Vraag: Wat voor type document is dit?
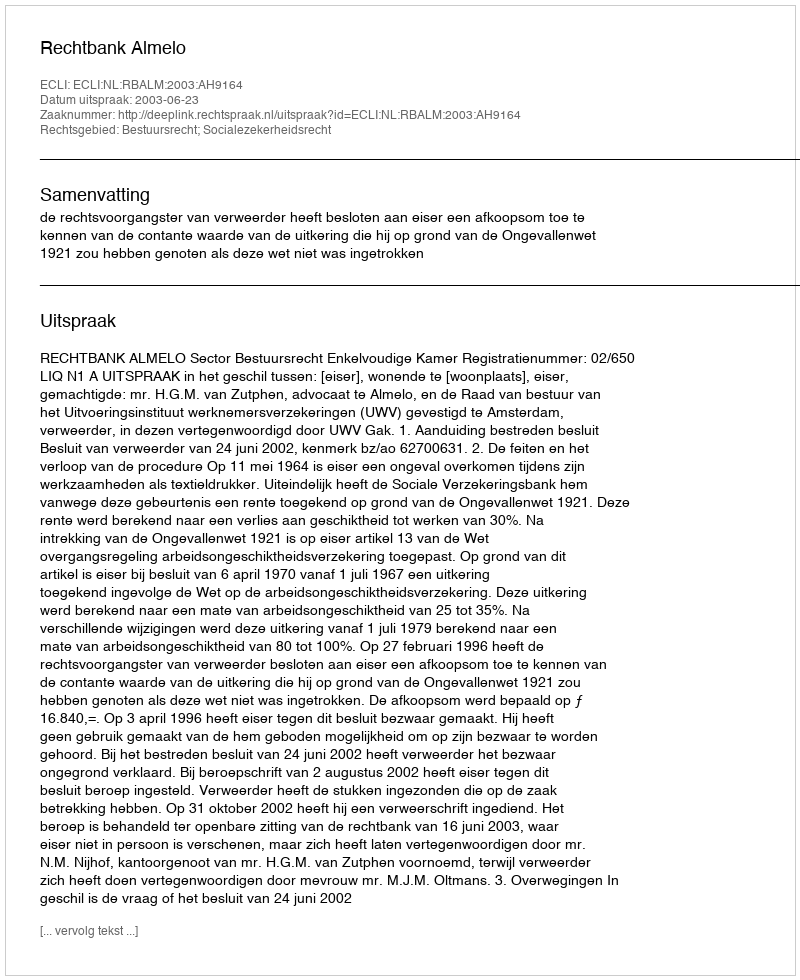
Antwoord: Uitspraak